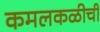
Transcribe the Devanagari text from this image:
कमलकळीची